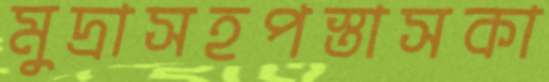
মুদ্রাসহপস্তাসকা